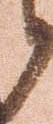
候